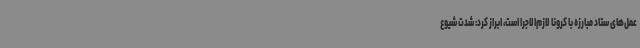
عمل‌های ستاد مبارزه با کرونا لازم‌الاجرا است، ابراز کرد: شدت شیوع